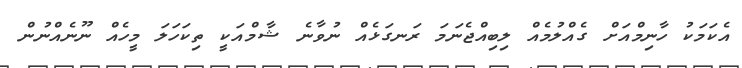
އެކަމަކު ހާނިމްއަށް ގެއްލުމެއް ލިބިއްޖެނަމަ ރަނގަޅެއް ނުވާނެ ޝާމްއަކީ ތިކަހަލަ މީހެއް ނޫނެއްނުން